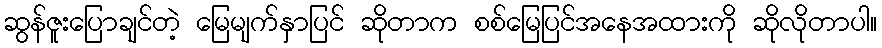
ဆွန်ဇူးပြောချင်တဲ့ မြေမျက်နှာပြင် ဆိုတာက စစ်မြေပြင်အနေအထားကို ဆိုလိုတာပါ။